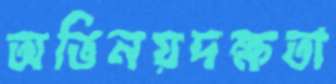
অভিনয়দক্ষতা